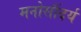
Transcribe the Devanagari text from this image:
मनोसौंदर्य